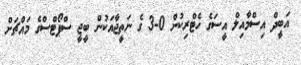
އަބީދް އިސްމާއިލް އީސަގެ ހެޓްރިކުން 0-3 ގެ ނަތީޖާއަކުން ބީޖީ ސްޕޯޓްސްގެ މައްޗަށް